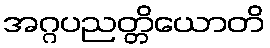
အဂ္ဂပညတ္တိယောတိ